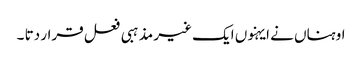
اوہناں نے ایہنوں ایک غیر مذہبی فعل قرار دتا ۔